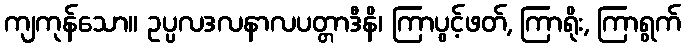
ကျကုန်သော။ ဥပ္ပလဒလနာလပတ္တာဒီနိ၊ ကြာပွင့်ဖတ်, ကြာရိုး, ကြာရွက်